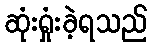
ဆုံးရှုံးခဲ့ရသည်